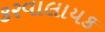
કરવાલાયક